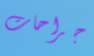
جراحات